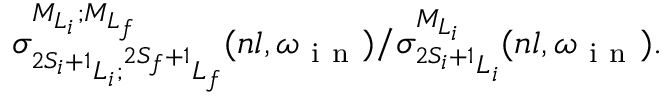
{ \sigma } _ { ^ { 2 S _ { i } + 1 } L _ { i } ; ^ { 2 S _ { f } + 1 } L _ { f } } ^ { { M } _ { { L } _ { i } } ; { M } _ { { L } _ { f } } } ( n l , { \omega } _ { \mathrm { ~ i ~ n ~ } } ) / { \sigma } _ { ^ { 2 S _ { i } + 1 } L _ { i } } ^ { { M } _ { { L } _ { i } } } ( n l , { \omega } _ { \mathrm { ~ i ~ n ~ } } ) .